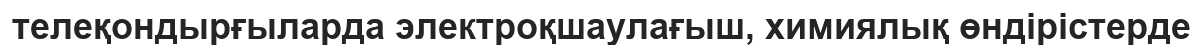
телеқондырғыларда электроқшаулағыш, химиялық өндірістерде